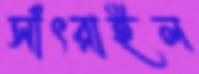
সাঁৎরাইল